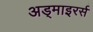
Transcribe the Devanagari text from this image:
अड्माइरर्स